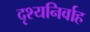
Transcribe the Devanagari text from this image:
दृश्यनिर्वाह